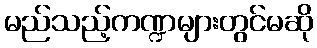
မည်သည့်ကဏ္ဍများတွင်မဆို